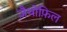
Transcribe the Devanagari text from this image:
ज़ैथोफ़िल